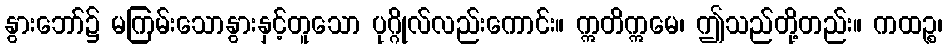
နွားဘော်၌ မကြမ်းသောနွားနှင့်တူသော ပုဂ္ဂိုလ်လည်းကောင်း။ ဣတိဣမေ၊ ဤသည်တို့တည်း။ ကထဉ္စ၊